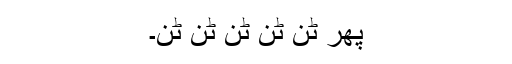
پھر ٹن ٹن ٹن ٹن ٹن۔